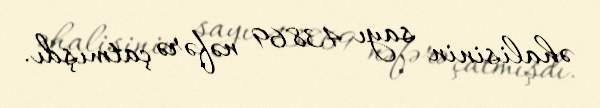
əhalisinin sayı 43869 nəfərə çatmışdı.